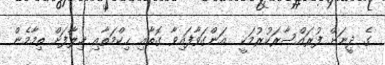
ގެ ދީނަށް ފުރައްސާރަކުރުމަކީ  އަންގަވާފައިވާ ގޮތާއި ޙިކްމަތާއި ޚިލާފަށް ތިމާމެން